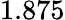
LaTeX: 1.875